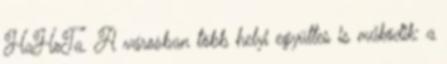
HaHoTa. A városban több helyi együttes is működik: a